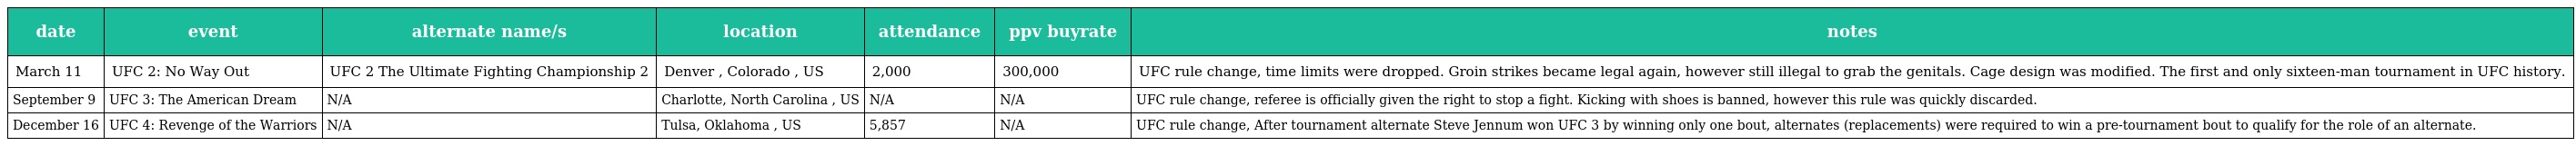
| date | event | alternate name/s | location | attendance | ppv buyrate | notes |
 | --- | --- | --- | --- | --- | --- | --- |
 | March 11 | UFC 2: No Way Out | UFC 2 The Ultimate Fighting Championship 2 | Denver , Colorado , US | 2,000 | 300,000 | UFC rule change, time limits were dropped. Groin strikes became legal again, however still illegal to grab the genitals. Cage design was modified. The first and only sixteen-man tournament in UFC history. |
 | September 9 | UFC 3: The American Dream | N/A | Charlotte, North Carolina , US | N/A | N/A | UFC rule change, referee is officially given the right to stop a fight. Kicking with shoes is banned, however this rule was quickly discarded. |
 | December 16 | UFC 4: Revenge of the Warriors | N/A | Tulsa, Oklahoma , US | 5,857 | N/A | UFC rule change, After tournament alternate Steve Jennum won UFC 3 by winning only one bout, alternates (replacements) were required to win a pre-tournament bout to qualify for the role of an alternate. |